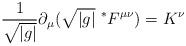
LaTeX: \begin{align*}\frac{1}{\sqrt{|g|}} \partial_\mu ( \sqrt{|g|}\ ^*F^{\mu\nu} ) =K^\nu\end{align*}